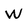
Character: W